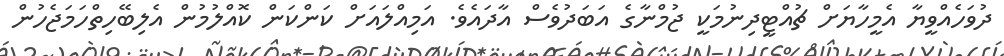
ދުވަހެއްވީޔާ އެމީހާޔަށް ޗުއްޓީދިނުމަކީ ޖުމްނާގެ އަބަދުވެސް އާދައެވެ. އަމިއްލައަށް ކަންކަން ކޮއްލުމުން އެލިބޭހިތްހަމަޖެހުން